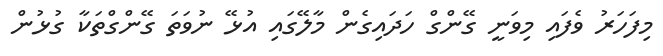
މިފަހަރު ވެފައި މިވަނީ ގޭންގް ހަދައިގެން މާލޭގައި އުޅޭ ނުވަތަ ގޭންގްތަކާ ގުޅުން